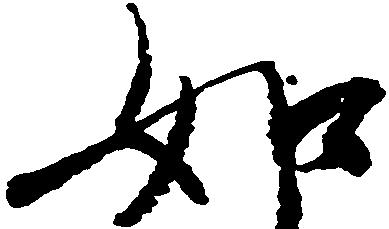
如